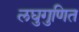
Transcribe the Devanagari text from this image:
लघुगुणित